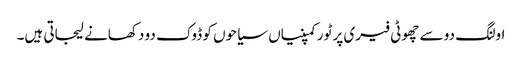
اولنگ دو سے چھوٹی فیری پر ٹور کمپنیاں سیاحوں کو ڈوک دو دکھانے لیجاتی ہیں۔